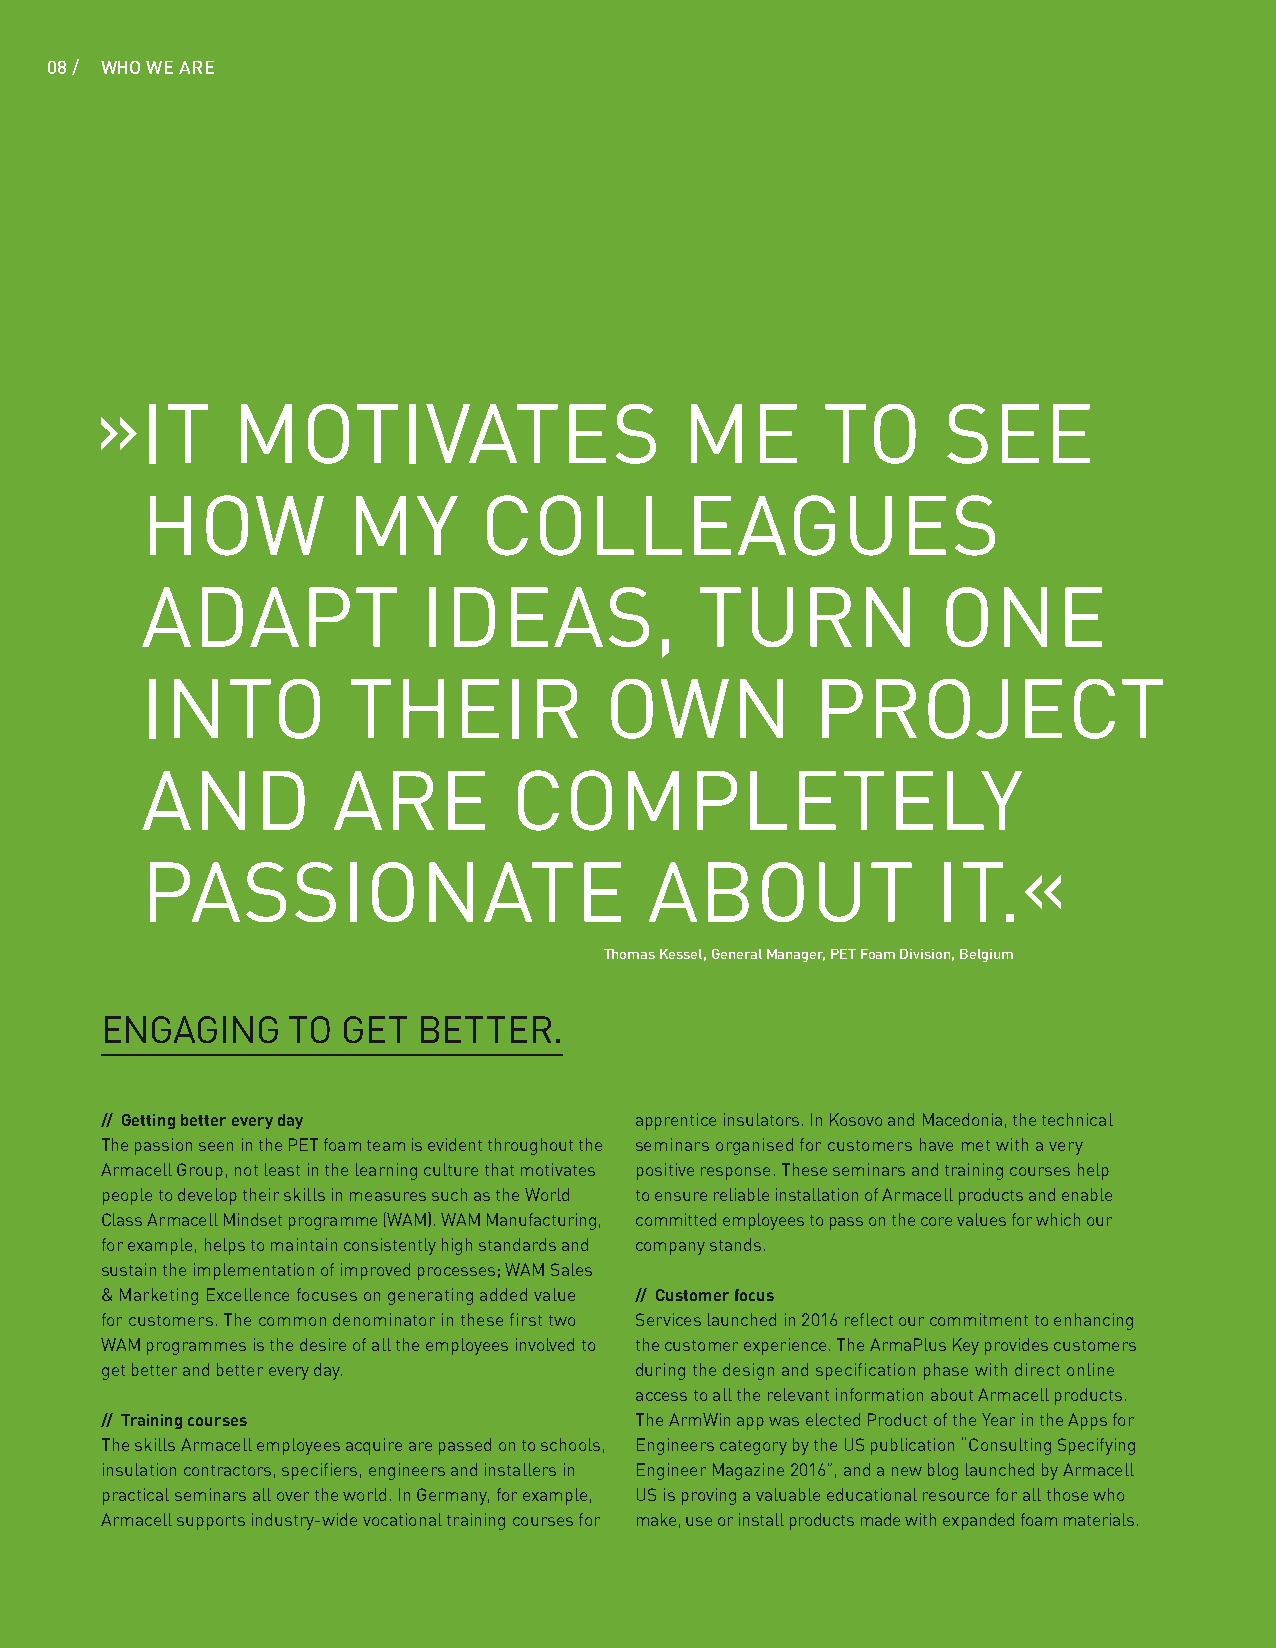
088 / / WWHHAOT W WEE A MREAKE
 »  IT    MOTIVATES                     ME        TO     SEE
 HOW           MY       COLLEAGUES
 ADAPT              IDEAS,            TURN            ONE
 INTO          THEIR            OWN           PROJECT
 AND          ARE         COMPLETELY
 PASSIONATE                        ABOUT              IT.«
 Thomas Kessel, General Manager, PET Foam Division, Belgium
 ENGAGING    TO  GET  BETTER.
 // Getting better every day        apprentice insulators. In Kosovo and Macedonia, the technical
 The passion seen in the PET foam team is evident throughout the seminars organised for customers have met with a very
 Armacell Group, not least in the learning culture that motivates positive response. These seminars and training courses help
 people to develop their skills in measures such as the World to ensure reliable installation of Armacell products and enable
 Class Armacell Mindset programme (WAM). WAM Manufacturing, committed employees to pass on the core values for which our
 for example, helps to maintain consistently high standards and company stands.
 sustain the implementation of improved processes; WAM Sales
 & Marketing Excellence focuses on generating added value // Customer focus
 for customers. The common denominator in these first two Services launched in 2016 reflect our commitment to enhancing
 WAM programmes is the desire of all the employees involved to the customer experience. The ArmaPlus Key provides customers
 get better and better every day.   during the design and specification phase with direct online
 access to all the relevant information about Armacell products.
 // Training courses                The ArmWin app was elected Product of the Year in the Apps for
 The skills Armacell employees acquire are passed on to schools, Engineers category by the US publication “Consulting Specifying
 insulation contractors, specifiers, engineers and installers in Engineer Magazine 2016”, and a new blog launched by Armacell
 practical seminars all over the world. In Germany, for example, US is proving a valuable educational resource for all those who
 Armacell supports industry-wide vocational training courses for make, use or install products made with expanded foam materials.